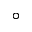
^ { \circ }